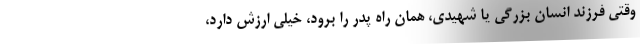
وقتی فرزند انسان بزرگی یا شهیدی، همان راه پدر را برود، خیلی ارزش دارد،